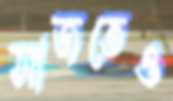
সাজতেও